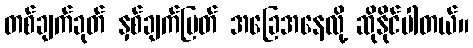
တစ်ချက်ခုတ် နှစ်ချက်ပြတ် အခြေအနေလို့ ဆိုနိုင်ပါတယ်။